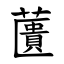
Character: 䕚